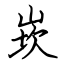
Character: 崁